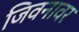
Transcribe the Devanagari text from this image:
जिवनावर